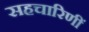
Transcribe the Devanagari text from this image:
सहचारिणीं